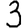
Digit: 3